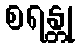
စရန္တု